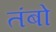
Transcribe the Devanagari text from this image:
तंबो